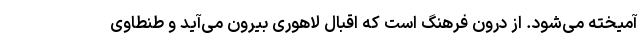
آمیخته می‌شود. از درون فرهنگ است که اقبال لاهوری بیرون می‌آید و طنطاوی